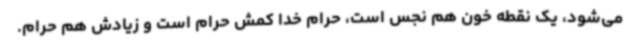
می‌شود، یک نقطه خون هم نجس است، حرام خدا کمش حرام است و زیادش هم حرام.